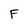
Character: F